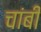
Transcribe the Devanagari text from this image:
चांबी